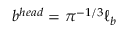
b ^ { h e a d } = \pi ^ { - 1 / 3 } \ell _ { b }